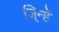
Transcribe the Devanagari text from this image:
जि्न्हें